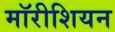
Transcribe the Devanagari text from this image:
मॉरीशियन